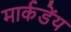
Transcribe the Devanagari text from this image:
मार्कडेंय